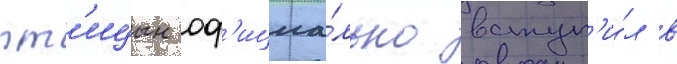
пт'ицын оф'ициа́льно вступ'и́л в